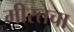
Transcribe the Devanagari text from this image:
मीरतचा